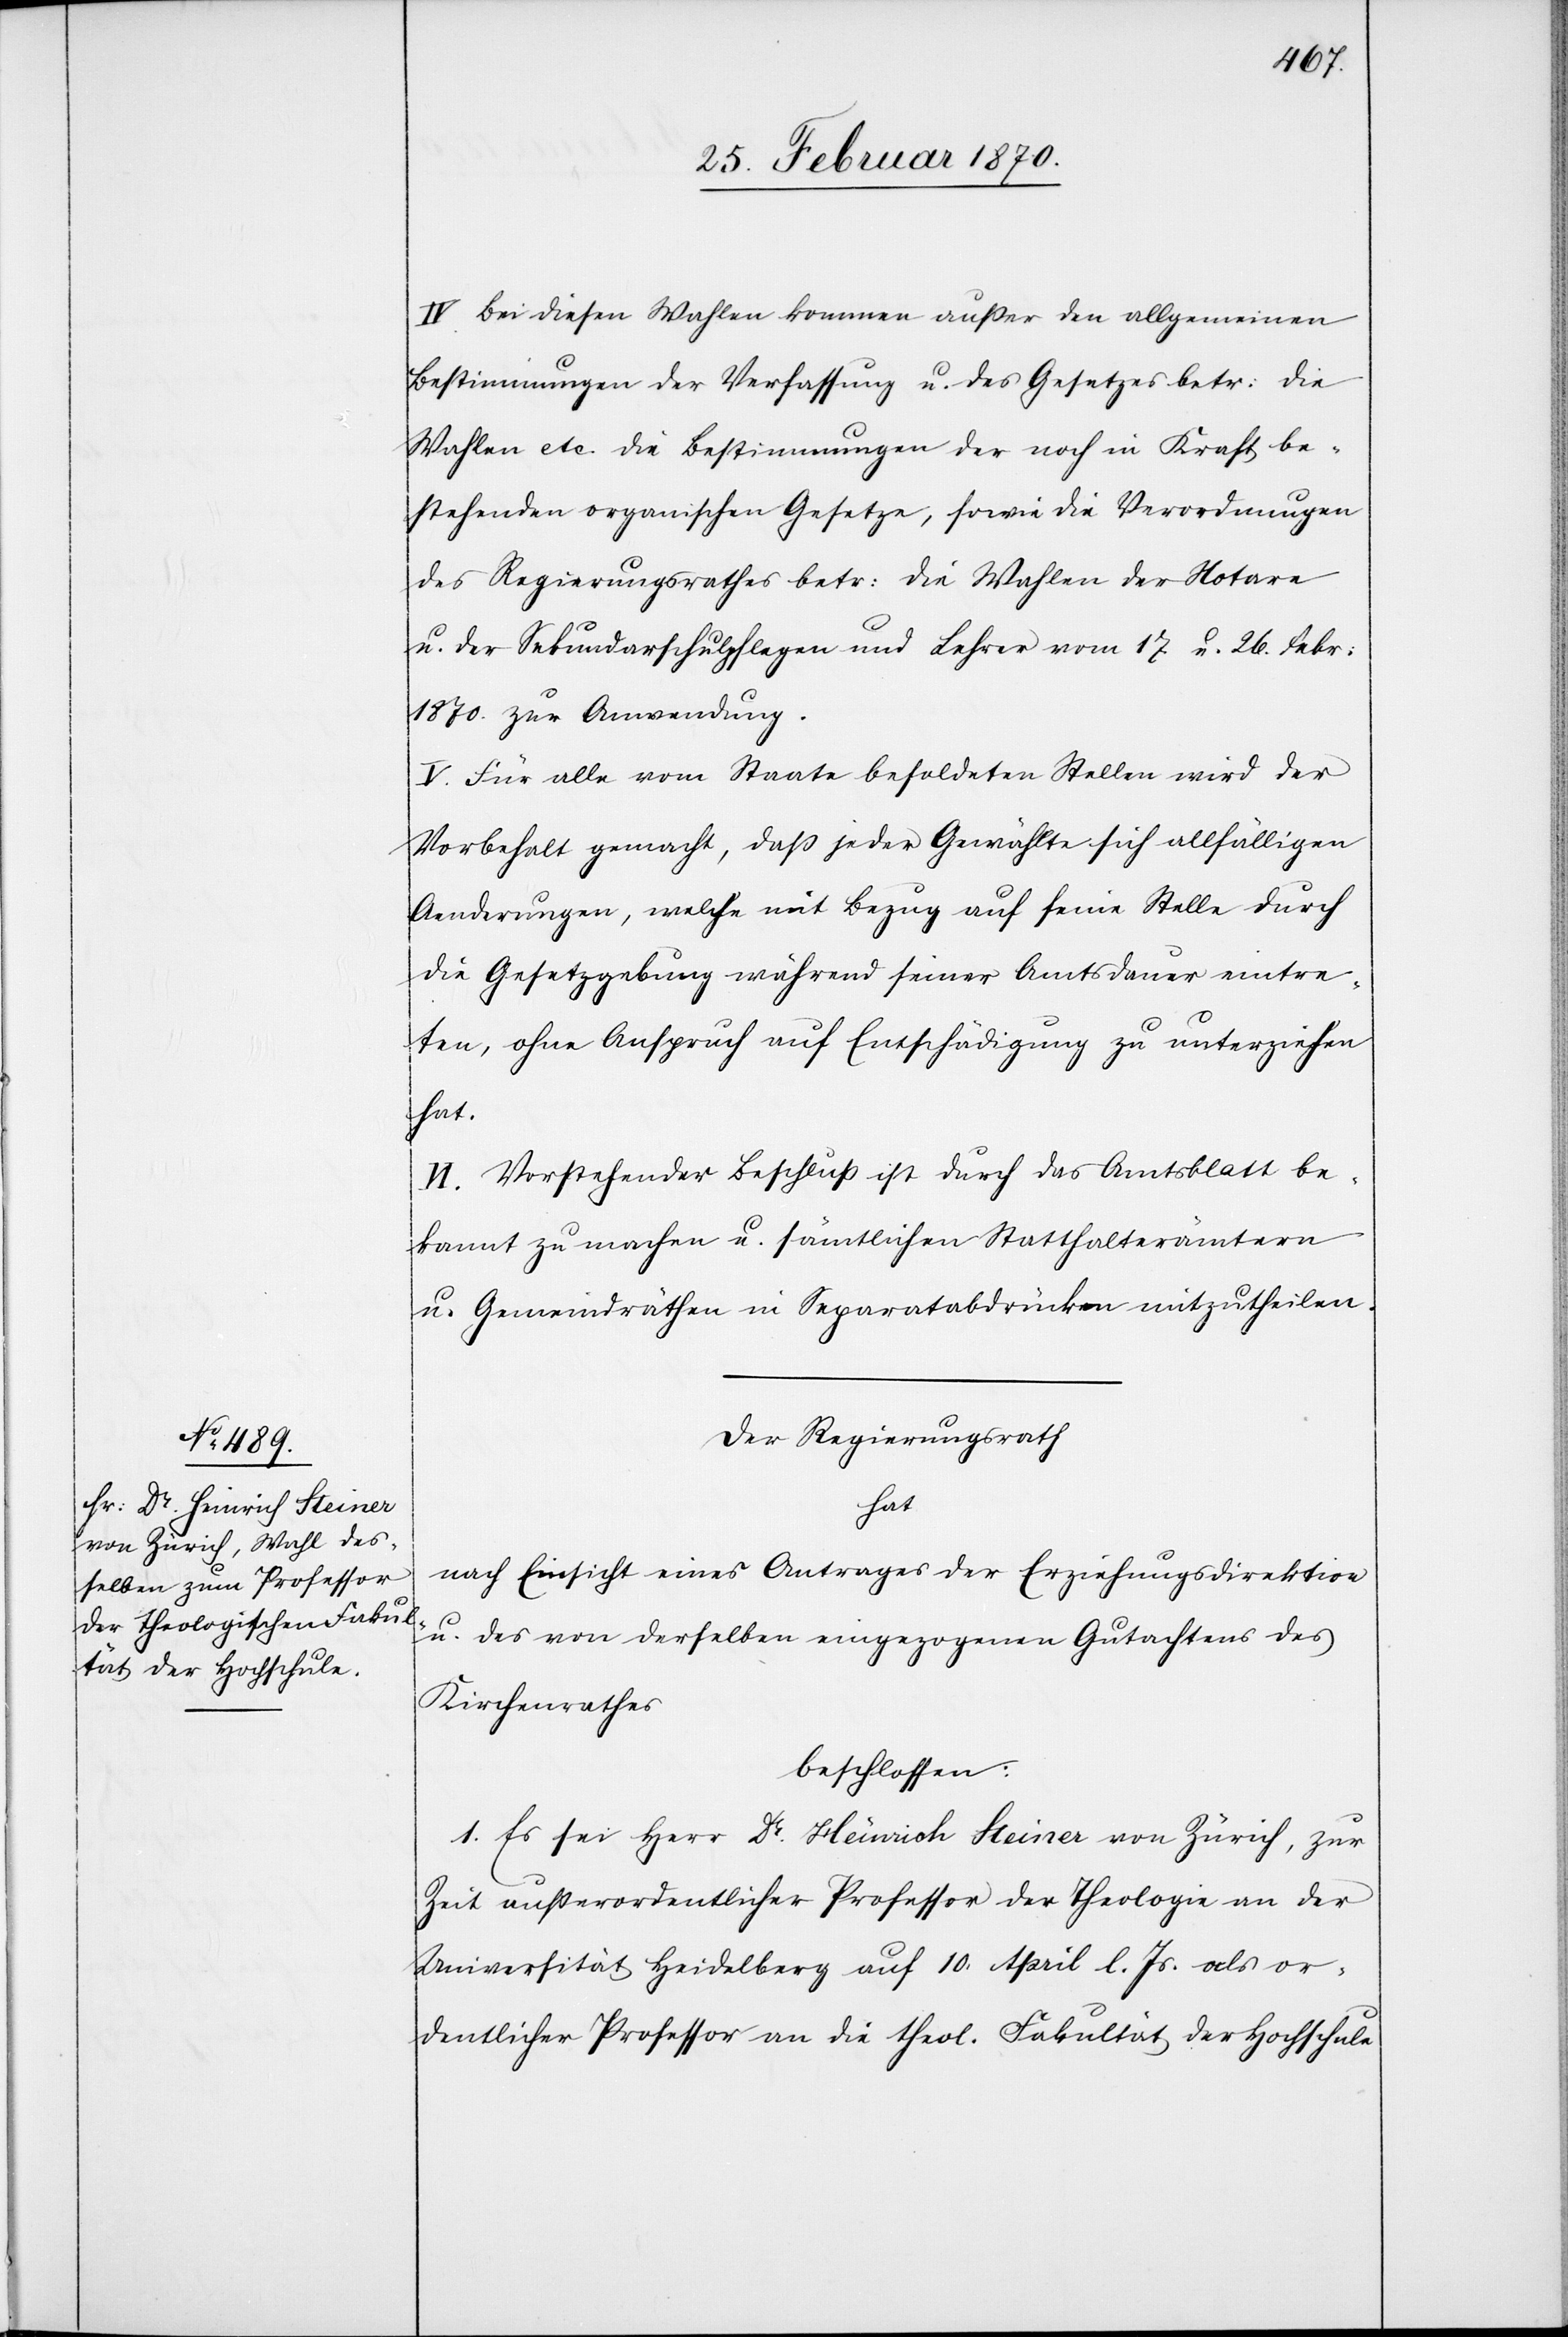
IV. Bei diesen Wahlen kommen außer den allgemeinen
Bestimmungen der Verfassung u. des Gesetzes betr: die
Wahlen etc. die Bestimmungen der noch in Kraft be¬
stehenden organischen Gesetze, sowie die Verordnungen
des Regierungsrathes betr: die Wahlen der Notare
u. der Sekundarschulpflegen und Lehrer vom 17 u. 26. Febr:
1870. zur Anwendung.
V. Für alle vom Staate besoldeten Stellen wird der
Vorbehalt gemacht, daß jeder Gewählte sich allfälligen
Aenderungen, welche mit Bezug auf seine Stelle durch
die Gesetzgebung während seiner Amtsdauer eintre¬
ten, ohne Anspruch auf Entschädigung zu unterziehen
hat.
VI. Vorstehender Beschluß ist durch das Amtsblatt be¬
kannt zu machen u. sämtlichen Statthalterämtern
u. Gemeindräthen in Separatabdrücken mitzutheilen.
Der Regierungsrath
hat
nach Einsicht eines Antrages der Erziehungsdirektion
u. des von derselben eingezogenen Gutachtens des
Kirchenrathes
beschlossen:
1. Es sei Herr Dr. Heinrich Steiner von Zürich, zur
Zeit außerordentlicher Professor der Theologie an der
Universität Heidelberg auf 10. April l. Js. als or¬
dentlicher Professor an die theol. Fakultät der Hochschule